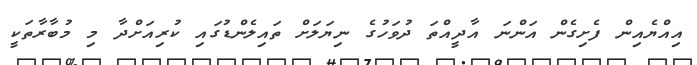
އިއްޔެއިން ފެށިގެން އަންނަ އާދީއްތަ ދުވަހުގެ ނިޔަލަށް ތައިލެންޑުގައި ކުރިއަށްދާ މި މުބާރާތަކީ